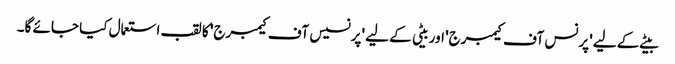
بیٹے کے لیے 'پرنس آف کیمبرج' اور بیٹی کے لیے 'پرنسیس آف کیمبرج' کا لقب استعمال کیا جائے گا۔